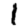
Digit: 1